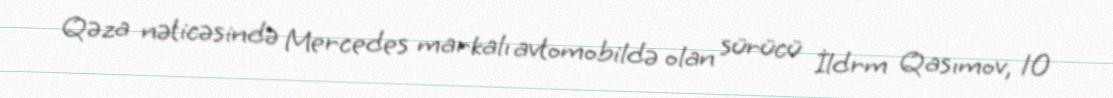
Qəza nəticəsində Mercedes markalı avtomobildə olan sürücü İldrm Qasımov, 10